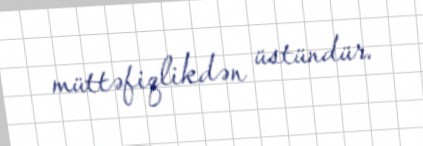
müttəfiqlikdən üstündür.